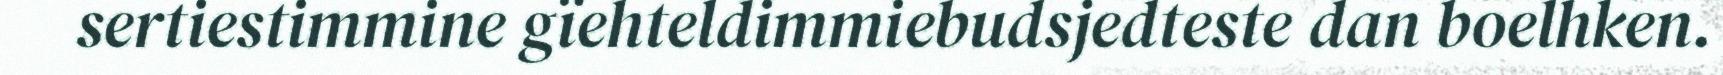
sertiestimmine gïehteldimmiebudsjedteste dan boelhken.